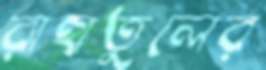
রাহাতুলের